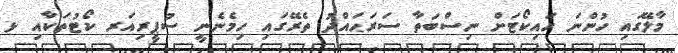
މާލޭގައި ހުންނަ ހައިކޯޓަށް ނިސްބަތާ ސަރަޙައްދު ތެރޭގައި ހިމެނެނީ ސުޕީރިއަރ ކޯޓުތަކާއި ޅ